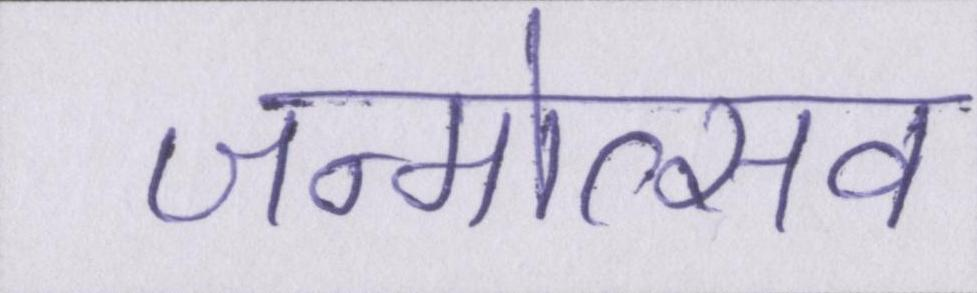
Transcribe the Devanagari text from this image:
जन्मोत्सव